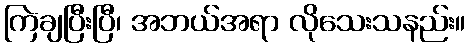
ကြဲချပြီးပြီ၊ အဘယ်အရာ လိုသေးသနည်း။